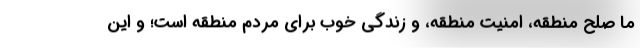
ما صلح منطقه، امنیت منطقه، و زندگی خوب برای مردم منطقه است؛ و این